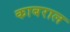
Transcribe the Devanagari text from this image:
काबराल